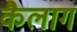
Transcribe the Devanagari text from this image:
कैलाग